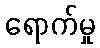
ရောက်မှု